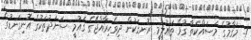
1. މަޤާމުގެ މަސައްކަތާ ގުޅޭ ތަޢުލީމީ ރޮނގަކުން ދިވެހިރާއްޖޭގެ ޤައުމީ ސަނަދުތަކުގެ އޮނިގަނޑުގެ